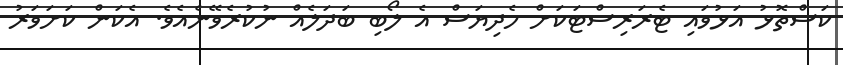
ކަސްތޮޅު އަޅުވައި ޓެރަރިސްޓަކަށް ހެދިޔަސް އެ ލޯބި ބަދަލެއް ނުކުރެވޭނެއެވެ. އެކަން ކަށަވަރު